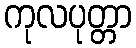
ကုလပုတ္တာ